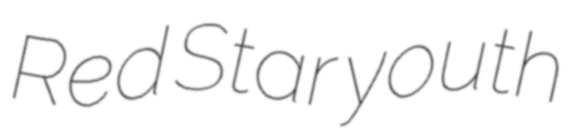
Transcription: Red Star youth